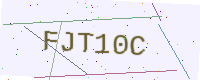
Text: FJT10C